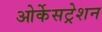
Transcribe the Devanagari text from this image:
ओर्केसट्रेशन